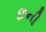
છની